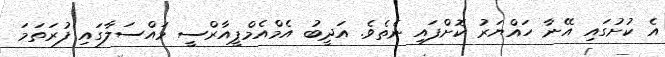
އެ ކުށުގައި އޭނާ ހައްޔަރު ކޮށްފައި ނެތެވެ. އަދީބު އެމްއެމްޕީއާރްސީ މައްސަލާގައި ފުރަތަމަ